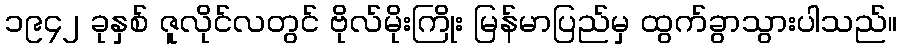
၁၉၄၂ ခုနှစ် ဇူလိုင်လတွင် ဗိုလ်မိုးကြိုး မြန်မာပြည်မှ ထွက်ခွာသွားပါသည်။